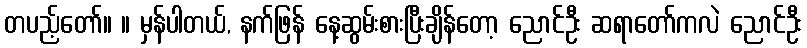
တပည့်တော်။ ။ မှန်ပါတယ်, နက်ဖြန် နေ့ဆွမ်းစားပြီးချိန်တော့ ညောင်ဦး ဆရာတော်ကလဲ ညောင်ဦး